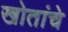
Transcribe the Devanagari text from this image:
खोतांचे